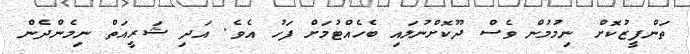
ތަންފީޒުކޮށް ނިމުމުން ވެސް ދޫކޮށްނުލައި ބެހެއްޓުމަށް ފަހު އެވެ. އަދި ޝަރީއަތް ނިމެންދެން